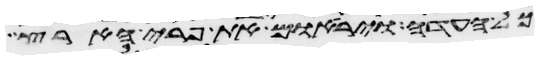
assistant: כל העדה ויראום את פרי הארץ